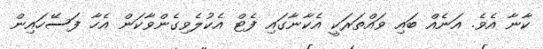
ކާނާ އެވެ. އަނެއް ބައި ވައްތަރަކީ އެކާނާގައި ފެޓް އެކުލެވިގެންވާކަން އެހާ ފަސޭހައިން